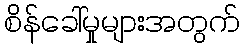
စိန်ခေါ်မှုများအတွက်